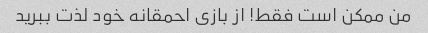
من ممکن است فقط! از بازی احمقانه خود لذت ببرید